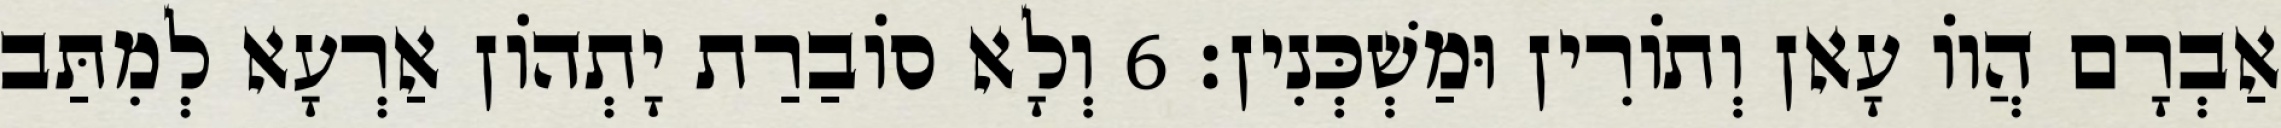
אַבְרָם הֲווֹ עָאן וְתוֹרִין וּמַשְׁכְּנִין׃ 6 וְלָא סוֹבַרַת יָתְהוֹן אַרְעָא לְמִתַּב